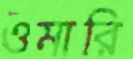
ওমারি